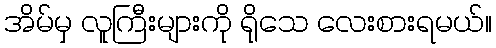
အိမ်မှ လူကြီးများကို ရိုသေ လေးစားရမယ်။